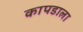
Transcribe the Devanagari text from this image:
कापडाला